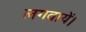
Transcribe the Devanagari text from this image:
लगवायें।